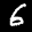
Label: 6